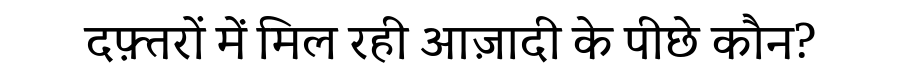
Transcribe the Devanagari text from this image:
दफ़्तरों में मिल रही आज़ादी के पीछे कौन?